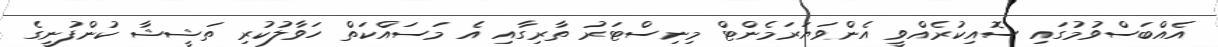
އެއްބަސްވުމުގައި ސޮއިކުރެއްވީ އެންވަޔަރަމެންޓް މިނިސްޓަރު ތާރިގާއި އެ މަސައްކަތް ހަވާލުކުރި ތަޝީޝާ ކުންފުނީގެ